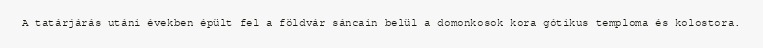
A tatárjárás utáni években épült fel a földvár sáncain belül a domonkosok kora gótikus temploma és kolostora.